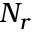
N _ { r }